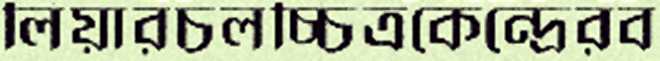
লিয়ারচলচ্চিত্রকেন্দ্রেরব